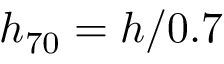
h _ { 7 0 } = h / 0 . 7